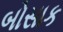
બોસાક